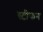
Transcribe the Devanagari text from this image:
स्टीफन